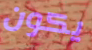
يكون